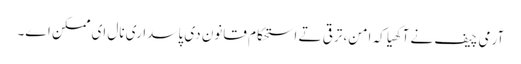
آرمی چیف نے آکھیا کہ امن، ترقی تے استحکام قانون دی پاسداری نال ای ممکن اے۔